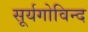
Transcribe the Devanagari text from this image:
सूर्यगोविन्द